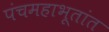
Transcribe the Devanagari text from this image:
पंचमहाभूतांत